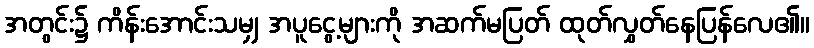
အတွင်း၌ ကိန်းအောင်းသမျှ အပူငွေ့များကို အဆက်မပြတ် ထုတ်လွှတ်နေပြန်လေ၏။